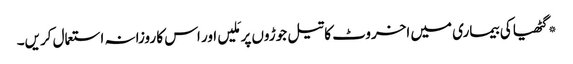
*گٹھیا کی بیماری میں اخروٹ کا تیل جوڑوں پر مَلیں اور اس کا روزانہ استعمال کریں۔